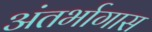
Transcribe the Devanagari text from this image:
अंतर्भागास